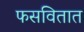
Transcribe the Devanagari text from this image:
फसवितात